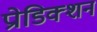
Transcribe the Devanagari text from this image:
प्रोडिक्शन